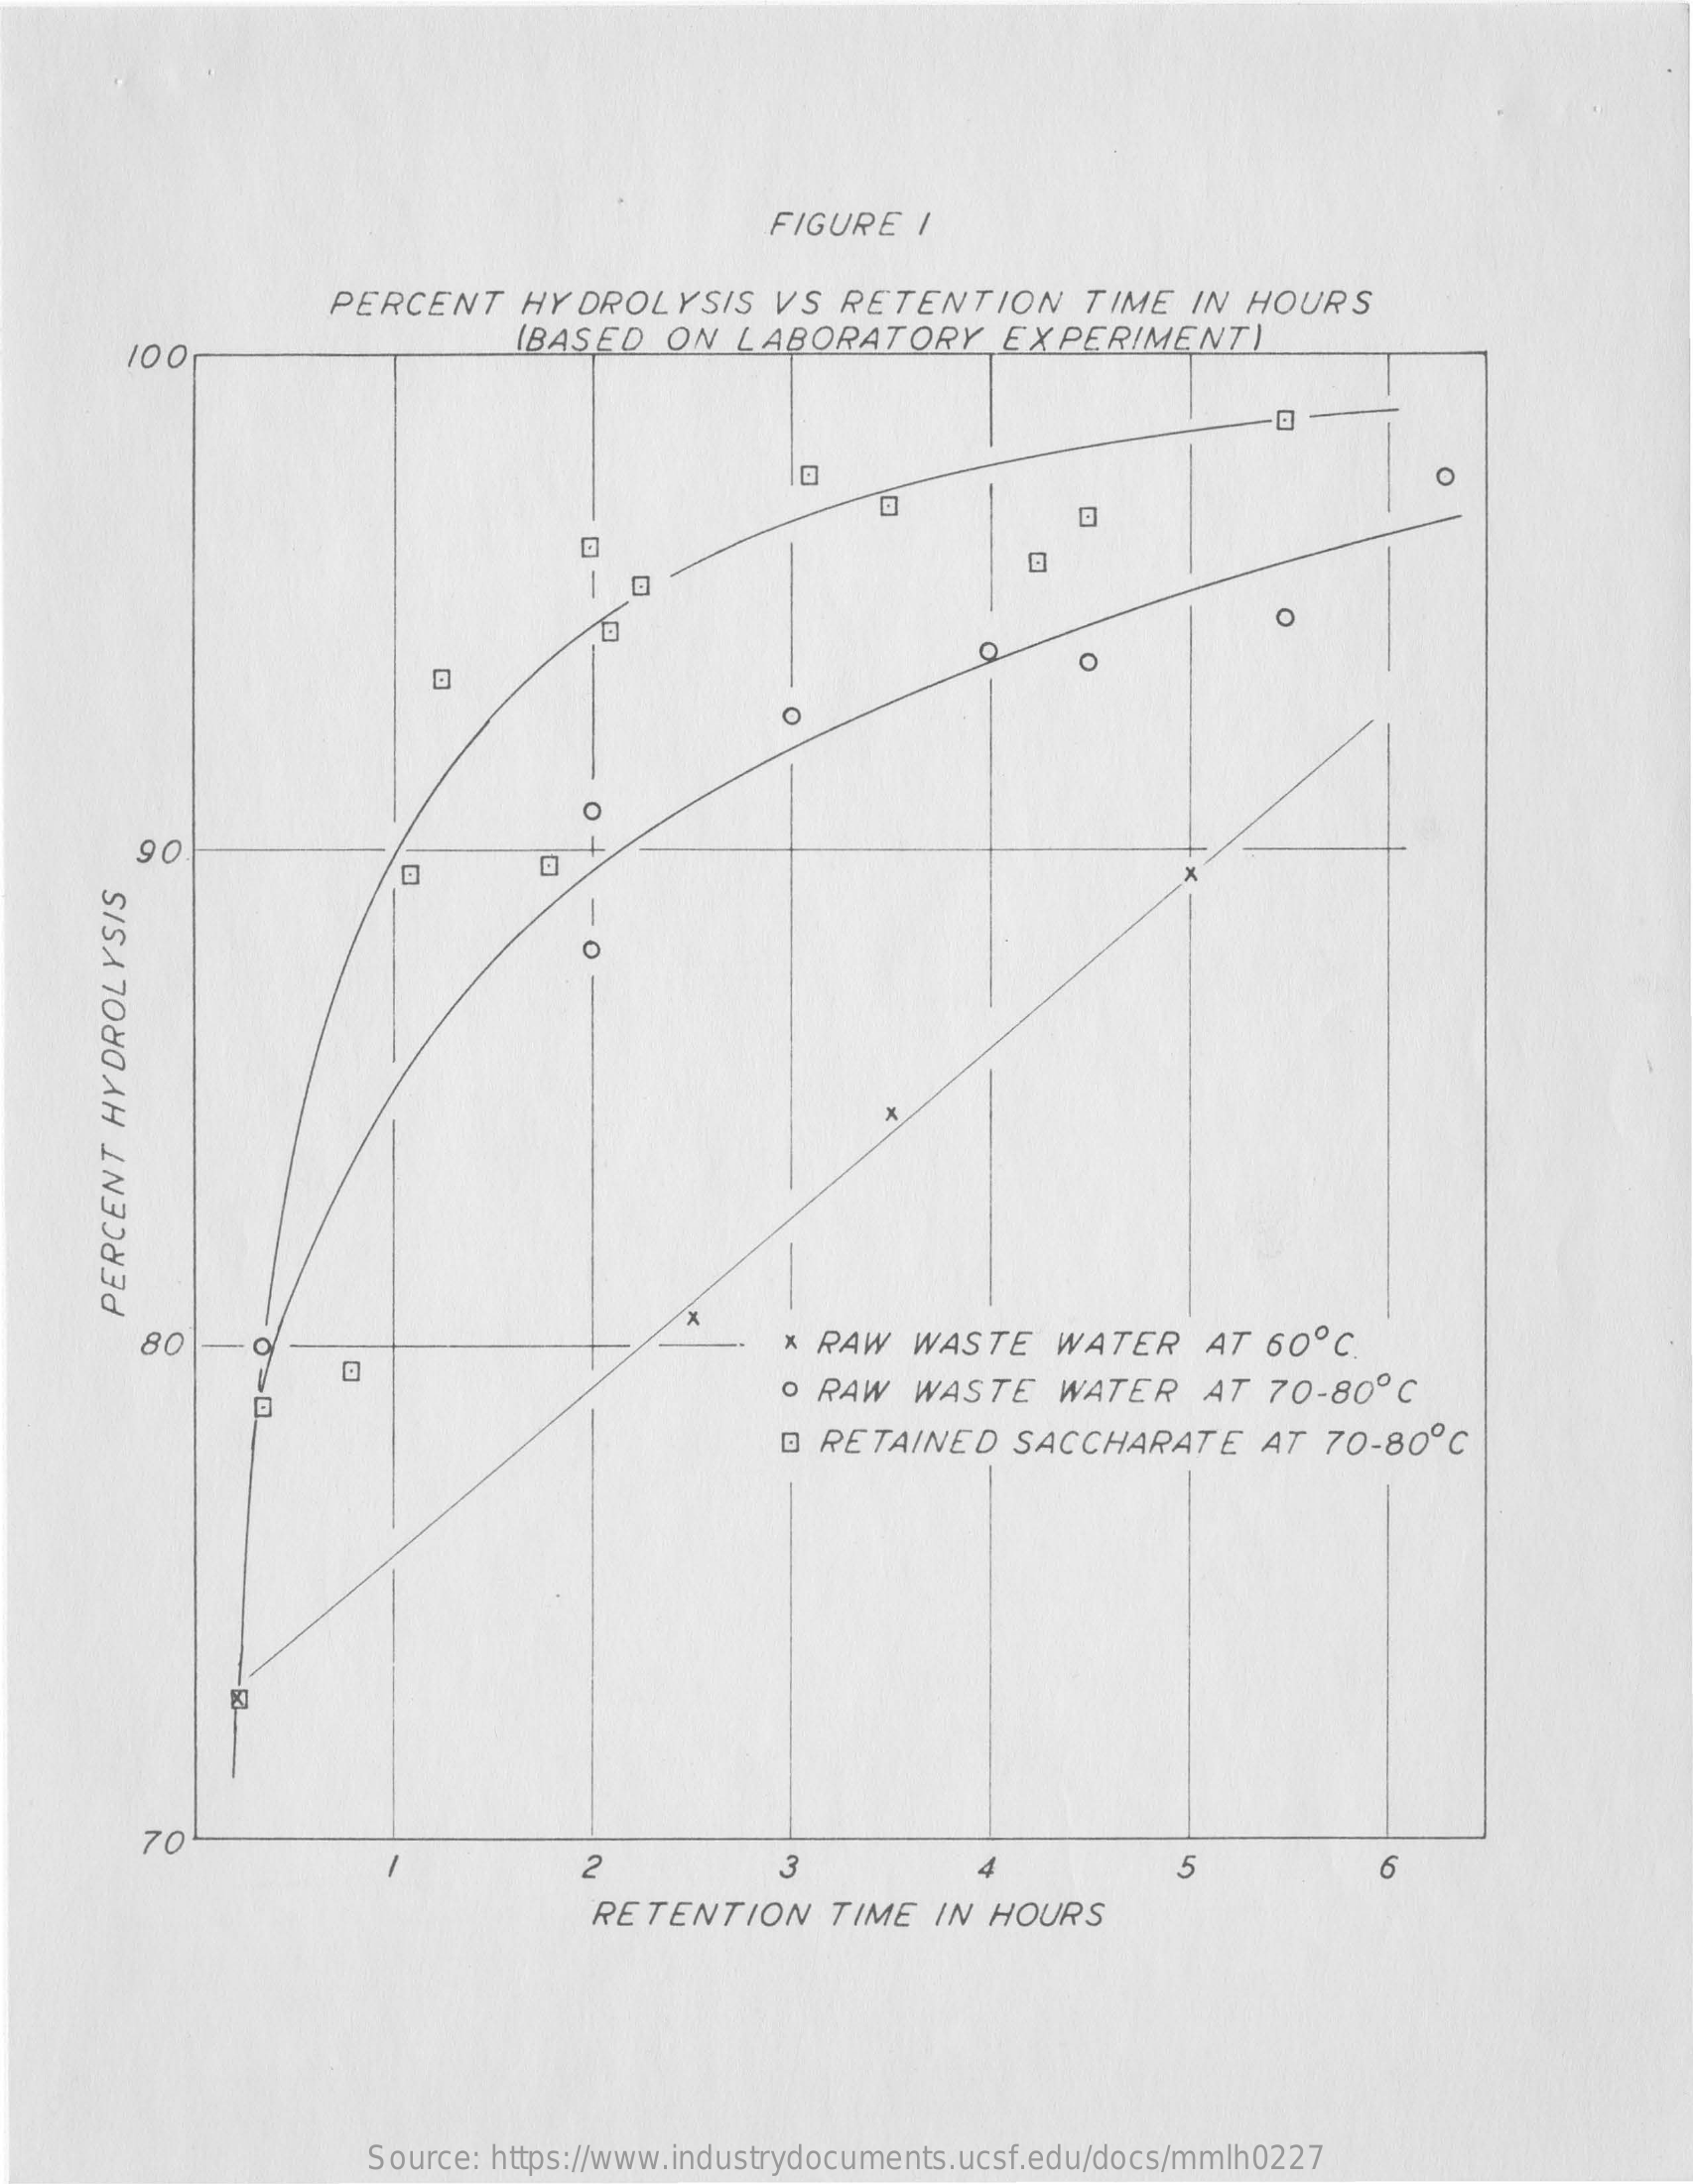
FIGURE   1
     PERCENT    HY  DROLYSIS    VS  RETENTION    TIME  IN  HOURS
     100    (BASED   ON  LABORATORY    EXPERIMENT)
     O
     1-
     O
     O
     O
     O
     9 0
     X
     O
     PERCENT
     HYDROLYSIS
     80    * RAW  WASTE    WATER    AT  60  ℃ .
     o RAW  WASTE    WATER    AT  70-80º  C
     @ RETAINED    SACCHARATE    AT  70-80  ℃
     70
     2
     -
     3    4    5    6
     RETENTION    TIME  IN  HOURS
     Source: https://www.industrydocuments.ucsf.edu/docs/mmlh0227